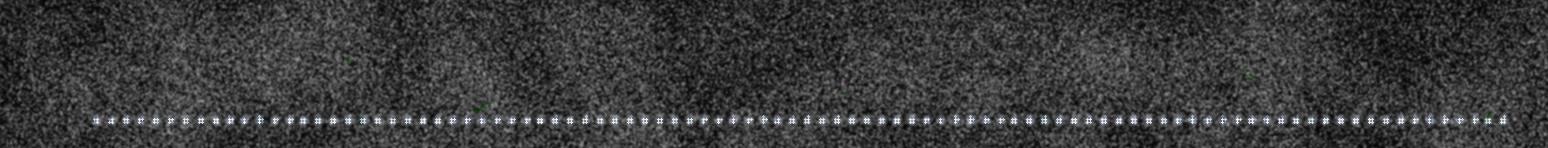
................................................................................................